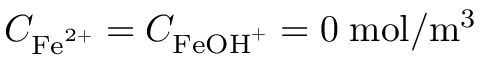
C _ { \mathrm { F e } ^ { 2 + } } = C _ { \mathrm { F e O H } ^ { + } } = 0 \; \mathrm { m o l } / \mathrm { m } ^ { 3 }